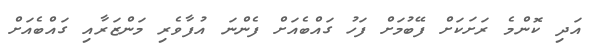
އަދި ކޮންމެ ރަށަކަށް ފޭބުމަށް ފަހު ގައްބެއަށް ފެންނަ އުފާވެރި މަންޒަރާއި ގައްބެއަށް